Report on horse surra - Volume II, Part I
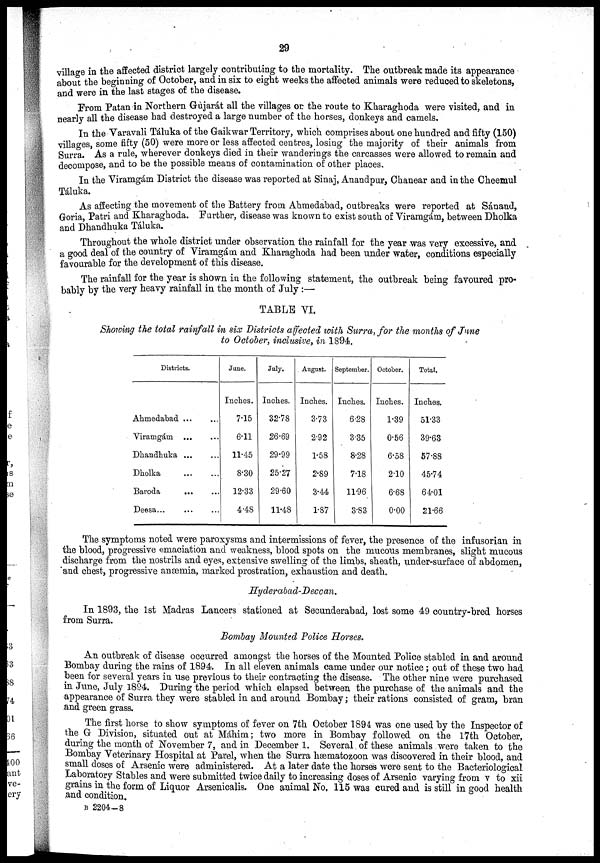
29
village in the affected district largely contributing to the mortality. The outbreak made its appearance
about the beginning of October, and in six to eight weeks the affected animals were reduced to skeletons,
and were in the last stages of the disease.
From Patan in Northern Gùjarát all the villages or the route to Kharaghoda were visited, and in
nearly all the disease had destroyed a large number of the horses, donkeys and camels.
In the Varavali Táluka of the Gaikwar Territory, which comprises about one hundred and fifty (150)
villages, some fifty (50) were more or less affected centres, losing the majority of their animals from
Surra. As a rule, wherever donkeys died in their wanderings the carcasses were allowed to remain and
decompose, and to be the possible means of contamination of other places.
In the Viramgám District the disease was reported at Sinaj, Anandpur, Chanear and in the Cheemul
Táluka.
As affecting the movement of the Battery from Ahmedabad, outbreaks were reported at Sánand,
Goria, Patri and Kharaghoda. Further, disease was known to exist south of Viramgám, between Dholka
and Dhandhuka Táluka.
Throughout the whole district under observation the rainfall for the year was very excessive, and
a good deal of the country of Viramgám and Kharaghoda had been under water, conditions especially
favourable for the development of this disease.
The rainfall for the year is shown in the following statement, the outbreak being favoured pro-
bably by the very heavy rainfall in the month of July :—
TABLE VI.
Showing the total rainfall in six Districts affected with Surra, for the months of June
to October, inclusive, in 1894.
Districts.
Ahmedabad
Viramgám
Dhandhuka
Dholka
Baroda
Deesa...
...
...
...
...
...
...
...
...
...
...
...
...
June.
Inches.
7.15
6.11
11.45
8.30
12.33
4.48
July.
Inches.
32.78
26.69
29.99
25.27
29.60
11.48
. August.
Inches.
3.73
2.92
1.58
2.89
3.44
1.87
September.
Inches.
6.28
3.35
8.28
7.18
11.96
3.83
October.
Inches.
1.39
0.56
6.58
2.10
6.68
0.00
Total.
Inches.
51.33
39.63
57.88
45.74
64.01
21.66
The symptoms noted were paroxysms and intermissions of fever, the presence of the infusorian in
the blood, progressive emaciation and weakness, blood spots on the mucous membranes, slight mucous
discharge from the nostrils and eyes, extensive swelling of the limbs, sheath, under-surface of abdomen,
and chest, progressive anæmia, marked prostration, exhaustion and death.
Hyderabad-Deccan.
In 1893, the 1st Madras Lancers stationed at Secunderabad, lost some 49 country-bred horses
from Surra.
Bombay Mounted Police Horses.
An outbreak of disease occurred amongst the horses of the Mounted Police stabled in and around
Bombay during the rains of 1894. In all eleven animals came under our notice ; out of these two had
been for several years in use previous to their contracting the disease. The other nine were purchased
in June, July 1894. During the period which elapsed between the purchase of the animals and the
appearance of Surra they were stabled in and around Bombay ; their rations consisted of gram, bran
and green grass.
The first horse to show symptoms of fever on 7th October 1894 was one used by the Inspector of
the G Division, situated out at Máhim ; two more in Bombay followed on the 17th October,
during the month of November 7, and in December 1. Several. of these animals were taken to the
Bombay Veterinary Hospital at Parel, when the Surra hæmatozoon was discovered in their blood, and
small doses of Arsenic were administered. At a later date the horses were sent to the Bacteriological
Laboratory Stables and were submitted twice daily to increasing doses of Arsenic varying from v to xii
grains in the form of Liquor Arsenicalis. One animal No. 115 was cured and is still in good health
and condition.
B 2204-8